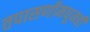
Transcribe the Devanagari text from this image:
तपासणीमधूनही